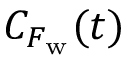
{ C } _ { F _ { \mathrm { w } } } ( t )